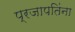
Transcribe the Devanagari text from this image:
प्रजापतिंना